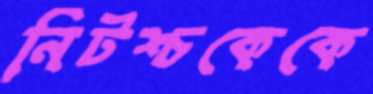
নিটশ্চকেকে